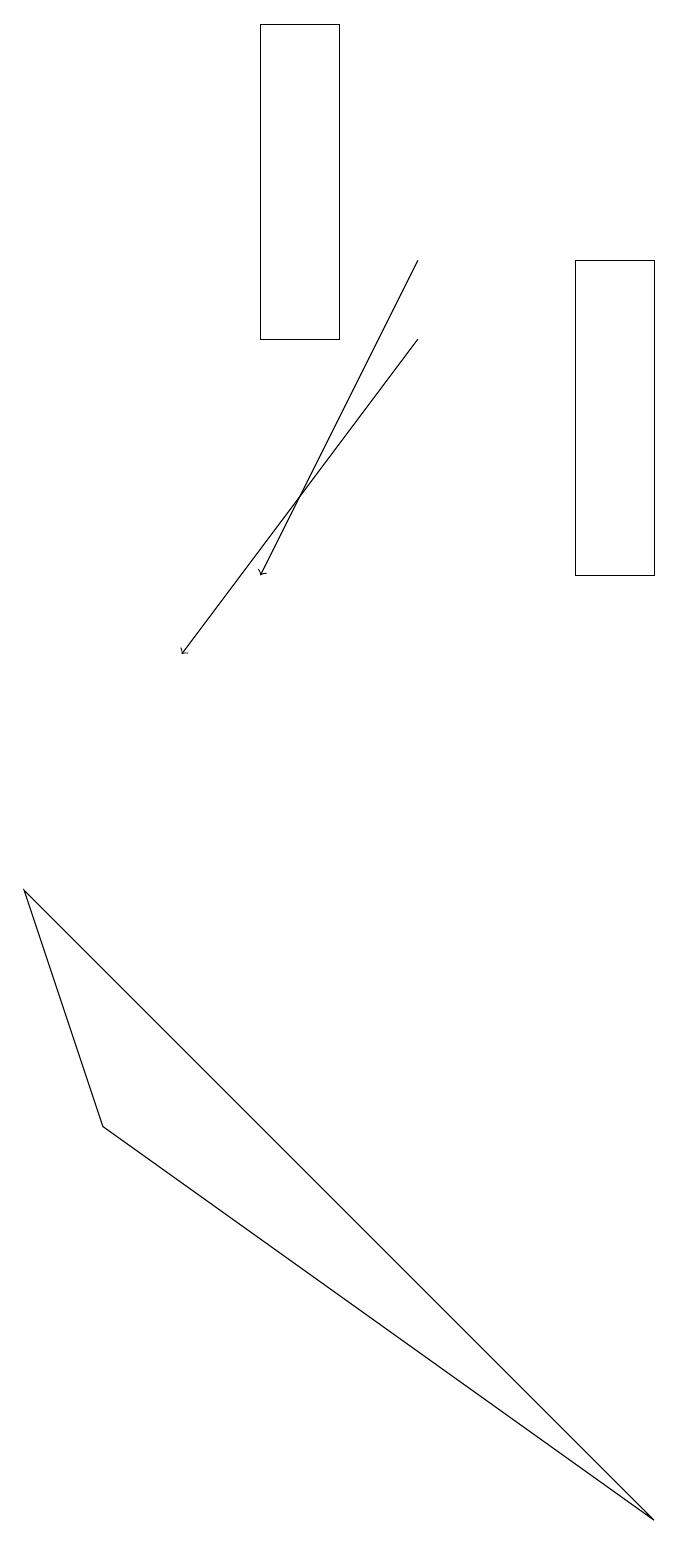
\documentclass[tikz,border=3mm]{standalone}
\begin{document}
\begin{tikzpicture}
\draw[->] (5,15) -- (2,11);
\draw (3,15) rectangle (4,19);
\draw (8,0) -- (0,8) -- (1,5) -- cycle;
\draw (8,16) rectangle (7,12);
\draw[->] (5,16) -- (3,12);
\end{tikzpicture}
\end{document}